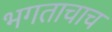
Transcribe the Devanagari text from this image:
भगताचाच